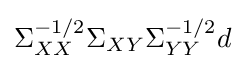
\Sigma _{XX}^{-1/2}\Sigma _{XY}\Sigma _{YY}^{-1/2}d